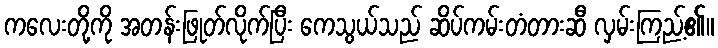
ကလေးတို့ကို အတန်းဖြုတ်လိုက်ပြီး ကေသွယ်သည် ဆိပ်ကမ်းတံတားဆီ လှမ်းကြည့်၏။